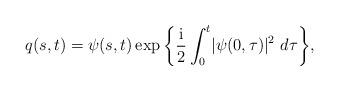
LaTeX: \begin{align*}q(s,t)=\psi(s,t) \exp \bigg\{ \frac{{\rm i}}{2}\int^{t}_{0}\lvert \psi(0,\tau )\rvert ^{2} \ d\tau\bigg\},\end{align*}